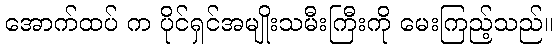
အောက်ထပ် က ပိုင်ရှင်အမျိုးသမီးကြီးကို မေးကြည့်သည်။